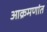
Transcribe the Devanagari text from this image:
आक्रमणांत